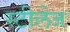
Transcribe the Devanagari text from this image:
स्टीलेज